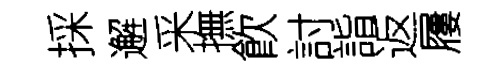
採邂采撫飮討詣返屨